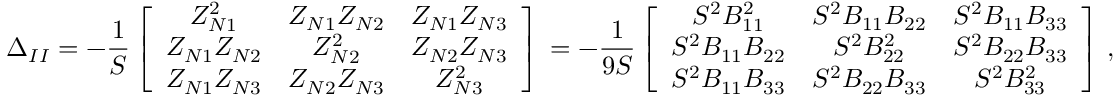
\Delta _ { I I } = - \frac { 1 } { S } \left[ \begin{array} { c c c } { Z _ { N 1 } ^ { 2 } } & { Z _ { N 1 } Z _ { N 2 } } & { Z _ { N 1 } Z _ { N 3 } } \\ { Z _ { N 1 } Z _ { N 2 } } & { Z _ { N 2 } ^ { 2 } } & { Z _ { N 2 } Z _ { N 3 } } \\ { Z _ { N 1 } Z _ { N 3 } } & { Z _ { N 2 } Z _ { N 3 } } & { Z _ { N 3 } ^ { 2 } } \end{array} \right] \, = - \frac { 1 } { 9 S } \left[ \begin{array} { c c c } { S ^ { 2 } B _ { 1 1 } ^ { 2 } } & { S ^ { 2 } B _ { 1 1 } B _ { 2 2 } } & { S ^ { 2 } B _ { 1 1 } B _ { 3 3 } } \\ { S ^ { 2 } B _ { 1 1 } B _ { 2 2 } } & { S ^ { 2 } B _ { 2 2 } ^ { 2 } } & { S ^ { 2 } B _ { 2 2 } B _ { 3 3 } } \\ { S ^ { 2 } B _ { 1 1 } B _ { 3 3 } } & { S ^ { 2 } B _ { 2 2 } B _ { 3 3 } } & { S ^ { 2 } B _ { 3 3 } ^ { 2 } } \end{array} \right] \, ,